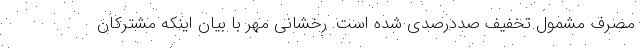
مصرف مشمول تخفیف صددرصدی شده است. رخشانی مهر با بیان اینکه مشترکان